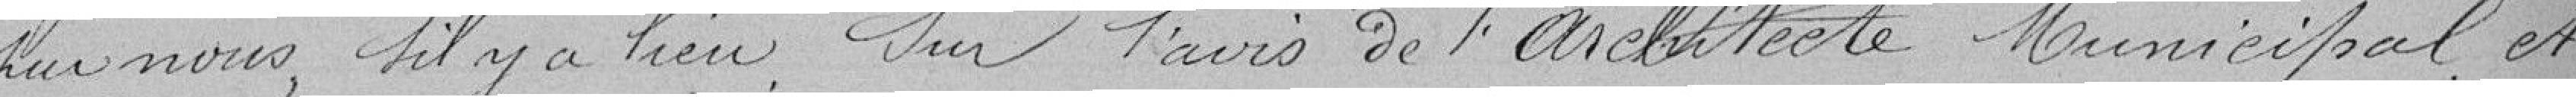
par nous, s'il y a bien sur l'avis de l'architecte Municipal et